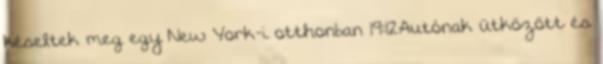
késeltek meg egy New York-i otthonban 19:12Autónak ütközött és